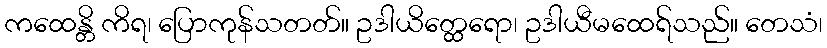
ကထေန္တိ ကိရ၊ ပြောကုန်သတတ်။ ဥဒါယိတ္ထေရော၊ ဥဒါယီမထေရ်သည်။ တေသံ၊